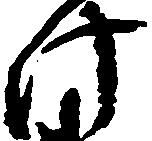
け